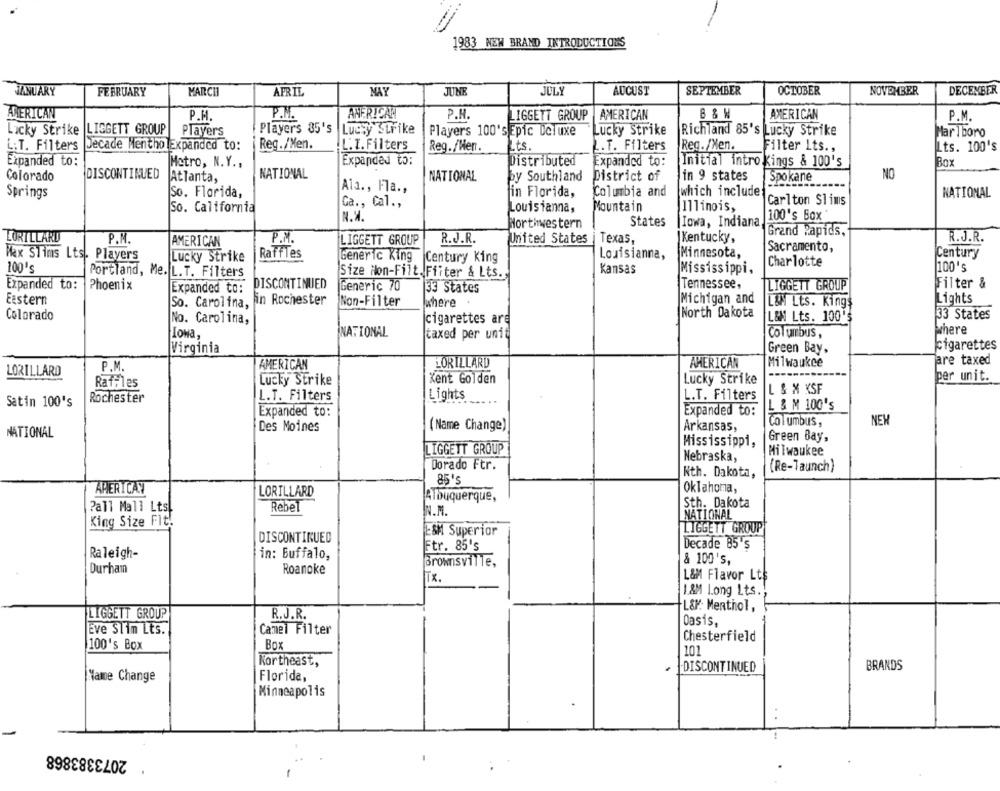
1983 NEW BRAND INTRODUCTIONS
JANUARY
FEBRUARY
MARCH
APRIL
MAY
JUNE
JULY
AUCUST
SEPTEMBER
OCTOBER
NOVEMBER
DECEMBER
AMERICAN
P.H
P.M.
AMERICAN
P.H.
IGGETT GROUP
AMERICAN
AMERICAN
P.M.
Lucky Strike LIGGETT GROUP
Players
Players 35's Lucky Strike
Players 100's Epic Deluxe
Lucky Strike
Richland 85's Lucky Strike
Marlboro
L:T. Filters Decade MentholExpanded to:
Reg./Men.
L.T. Filters
Reg. /Wen.
Its.
.. T. Filters
Reg. /Nen.
Filter Its .,
Its. 100's
Expanded to:
Metro, N.Y .,
Expanded to:
Distributed
Expanded to:
Initial intro Kings & 100's
Box
NATIONAL
NO
Colorado
DISCONTINUED
Atlanta,
NATIONAL
by Southland
District of
in 9 states
Spo kane
Ala ., Fla .,
Springs
So. Florida,
in Florida,
Columbia and
which include
NATIONAL
Ga ., Cal .,
Carlton Slims
So. California
Louisianna,
Mountain
Illinois,
N.H.
100's Box
Northwestern
States
Iowa, Indiana,
LORILLARD
Grand Rapids,
R.J.R.
P.M.
AMERICAN
P.M.
LIGGETT GROUP
R.J.R.
United States
Texas,
Kentucky,
Sacramento,
Century
Max STims Lts. Players
Lucky Strike
Raffles
Generic King Century King
Louisianna,
Minnesota,
100's
Kansas
Charlotte
[100's
Portland, Me. L.T. Filters
Size Non-Filt. Fiiter & Lts.
Mississippi,
Expanded to:
Phoenix
DISCONTINUED
Tennessee,
Filter &
Expanded to:
Generic 70
33 States
LIGGETT GROUP
Eastern
So. Carolina, In Rochester
Non-Filter
Michigan and
Lights
where
L&M Lts. King
Colorado
North Dakota
33 States
No. Carolina,
cigarettes are
L&M Lts. 100
NATIONAL
where
Iowa,
taxed per unit
Columbus,
cigarettes
Virginia
Green Bay,
LORILLARD
AMERICAN
Milwaukee
are taxed
LORILLARD
P.M.
AMERICAN
Kent Golden
Lucky Strike
per unit.
Raffles
Lucky Strike
Lights
L.T. Filters
L & X XSF
Satin 100's
Rochester
L.T. Filters
Expanded to:
Expanded to:
L & M 100's
NEW
Des Moines
(Name Change)
Arkansas,
Columbus,
NATIONAL
Mississippi,
Green Bay,
LIGGETT GROUP
Milwaukee
Nebraska,
Dorado Ftr.
(Re-launch)
Nth. Dakota,
85's
APERICAY
Oklahoma,
LORILLARD
Albuquerque,
Rebel
Sth. Dakota
Pall Mall Lts
N.M.
King Size Fit.
NATIONAL
LIGGETT GROUP
DISCONTINUED
ESM Superior
Ftr. 85's
Decade 85's
Raleigh-
in: Buffalo,
Brownsville,
& 100's,
Durham
Roanoke
L&M Flavor Lts
ix.
1.&M Long Lts.
L&: Menthol,
LIGGETT GROUP
R . J. R .
Oasis,
Eve Slim Lts.
Camel Filter
Chesterfield
100's Box
Box
101
Kortheast,
BRANDS
.DISCONTINUED
Name Change
Florida,
Minneapolis
2073383868